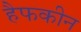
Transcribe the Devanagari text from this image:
हैफकीन